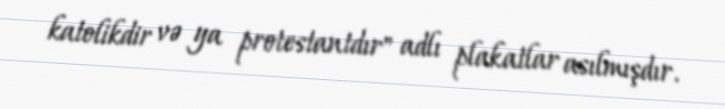
katolikdir və ya protestantdır" adlı plakatlar asılmışdır.